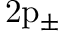
\mathrm { 2 \mathrm { p } _ { \pm } }